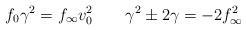
LaTeX: \begin{align*}f_0 \gamma ^2 = f_{\infty} v_0 ^2 \; \; \; \; \; \; \;\gamma ^2 \pm 2 \gamma = - 2 f_{\infty} ^2\end{align*}